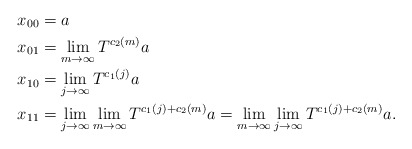
\begin{align*}x_{00}&= a\\x_{01}&= \lim_{m\to\infty}T^{c_2(m)}a\\x_{10}&=\lim_{j\to\infty}T^{c_1(j)}a\\x_{11}&= \lim_{j\to\infty}\lim_{m\to\infty}T^{c_1(j)+c_2(m)}a=\lim_{m\to\infty}\lim_{j\to\infty}T^{c_1(j)+c_2(m)}a.\end{align*}